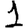
Digit: 1